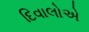
દિવાલોએ